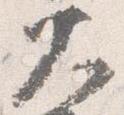
大